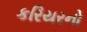
કરિયરનો